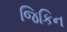
જિકિન